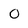
Character: O